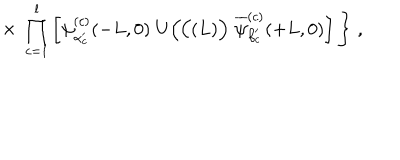
LaTeX: \times \; \prod _ { c = 1 } ^ { l } \left[ \psi _ { \alpha _ { c } ^ { \prime } } ^ { ( c ) } ( - L , 0 ) \; U \Big ( { \cal C } ( L ) \Big ) \; \overline { { { \psi } } } _ { \beta _ { c } ^ { \prime } } ^ { ( c ) } ( + L , 0 ) \right] \Bigg \} \; ,